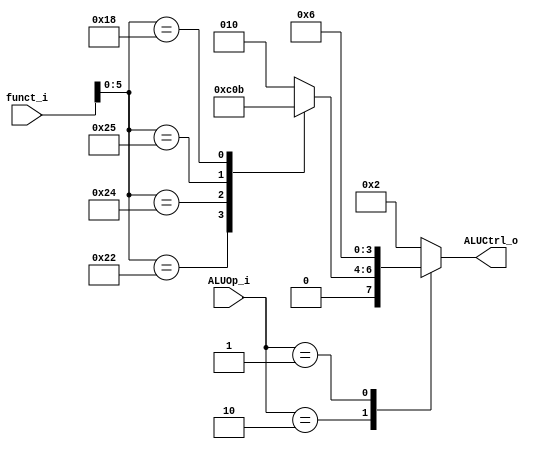
module ALU_Control
(
	funct_i,
	ALUOp_i,
	ALUCtrl_o
);

input [31:0] funct_i;
input [1:0] ALUOp_i;
output [3:0] ALUCtrl_o;
wire [7:0] r;
reg [3:0] out;

assign r=funct_i[5:0];
assign ALUCtrl_o=out;

always@(ALUOp_i,funct_i)begin
	case(ALUOp_i)
		2'b10:
			case(r)
				6'b100000:out <= 4'b0010;//add
				6'b100010:out <= 4'b0110;//sub
				6'b100100:out <= 4'b0000;//and
				6'b100101:out <= 4'b0001;//or
				6'b011000:out <= 4'b0011;//mult
				default:out <= 4'b0010;
			endcase
		2'b00:
			out <= 4'b0010;//addi,lw,sw
		2'b01:
			out <= 4'b0110;//beq
		default:out <= 4'b0010;
	endcase
end

endmodule